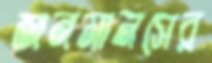
জনমানসের